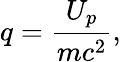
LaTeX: q=\frac{U_{p}}{mc^{2}},